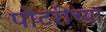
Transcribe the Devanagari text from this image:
पोटरीच्या